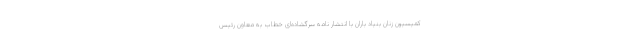
کمیسیون زنان بنیاد باران با انتشار نامه سرگشاده‌ای خطاب به معاون رئیس